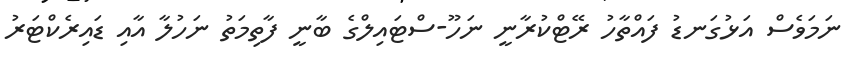
ނަމަވެސް އަޅުގަނޑު ފައްތާހު ރޭޓްކުރާނީ ނަހޫ-ސްޓައިލްގެ ބާނީ ފާތިމަތު ނަހުލާ އާއި ޑައިރެކްޓަރު